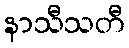
နာသီသတီ